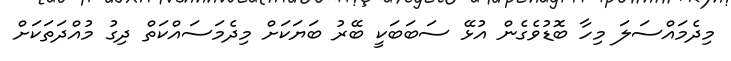
މިދެމައްސަލަ މިހާ ބޮޑުވެގެން އުޅޭ ސަބަބަކީ ބޭރު ބަޔަކަށް މިދެމަސައްކަތް ދިގު މުއްދަތަކަށް